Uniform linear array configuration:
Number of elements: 48
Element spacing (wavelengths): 0.75
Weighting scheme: cosine
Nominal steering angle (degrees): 60
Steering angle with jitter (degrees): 60.424
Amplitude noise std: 0.05
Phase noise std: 0.05

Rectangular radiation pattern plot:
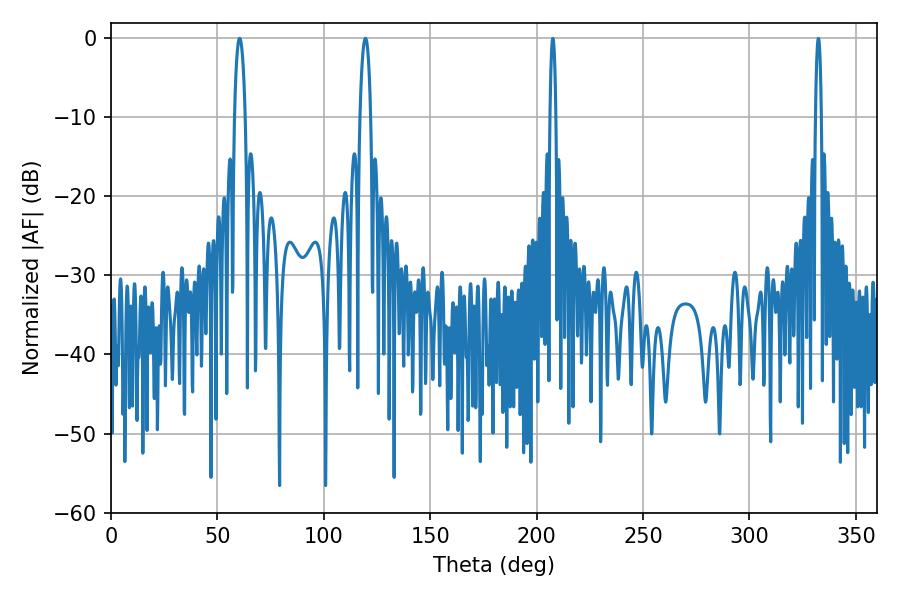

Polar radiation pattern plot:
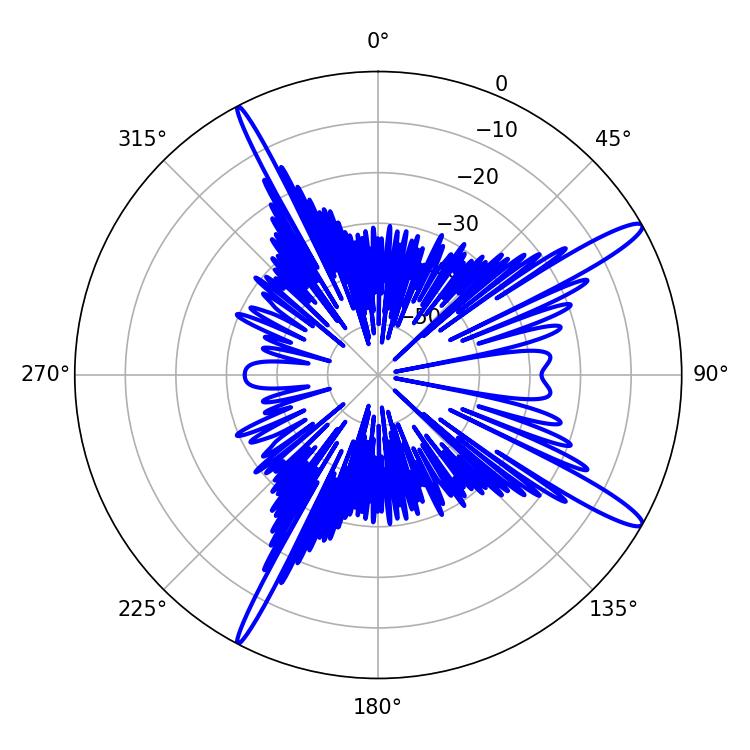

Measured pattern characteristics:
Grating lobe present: TRUE
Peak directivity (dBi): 14.58
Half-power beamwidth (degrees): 2.88
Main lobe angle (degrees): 60.48